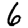
Digit: 6